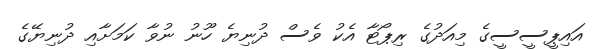
އައިޕީސީސީގެ މިއަދުގެ ރިޕޯޓާ އެކު ވެސް ދުނިޔެ ހޫނު ނުވާ ކަމަށާއި ދުނިޔޭގެ